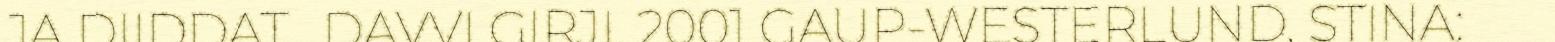
JA DIIDDAT , DAVVI GIRJI, 2001 GAUP-WESTERLUND, STINA: